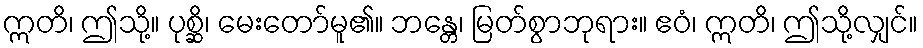
ဣတိ၊ ဤသို့။ ပုစ္ဆိ၊ မေးတော်မူ၏။ ဘန္တေ၊ မြတ်စွာဘုရား။ ဧဝံ၊ ဣတိ၊ ဤသို့လျှင်။